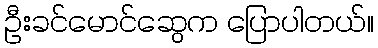
ဦးခင်မောင်ဆွေက ပြောပါတယ်။